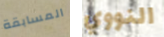
المسابقة النووي